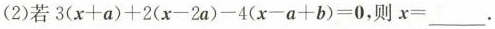
(2)若 $$3(x+a)+2(x-2a)-4(x-a+b)=0$$,则x=___.